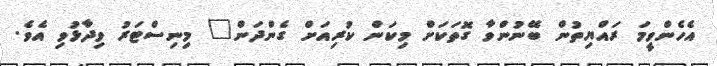
އެހެންވީމަ ރައްޔިތުން ބޭނުންވާ ގޮތަކަށް މިކަން ކުރިއަށް ގެންދަން" މިނިސްޓަރު ވިދާޅުވި އެވެ.